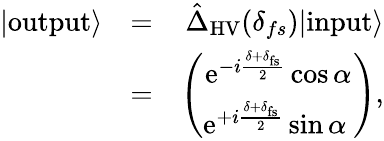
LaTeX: \begin{array}{rlr}{|\mathrm{output}\rangle}&{=}&{\hat{\Delta}_{\mathrm{HV}}(\delta_{fs})|\mathrm{input}\rangle}\\ &{=}&{\left(\begin{array}{c}{\mathrm{e}^{-i\frac{\delta+\delta_{\mathrm{fs}}}{2}}\cos\alpha}\\ {\mathrm{e}^{+i\frac{\delta+\delta_{\mathrm{fs}}}{2}}\sin\alpha\ }\end{array}\right),}\end{array}